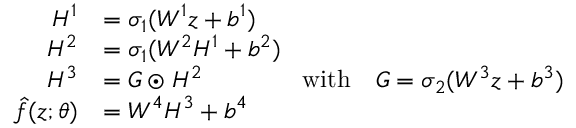
\begin{array} { r l } { H ^ { 1 } } & { = \sigma _ { 1 } ( W ^ { 1 } z + b ^ { 1 } ) } \\ { H ^ { 2 } } & { = \sigma _ { 1 } ( W ^ { 2 } H ^ { 1 } + b ^ { 2 } ) } \\ { H ^ { 3 } } & { = G \odot H ^ { 2 } \qquad \qquad \mathrm { w i t h } \quad G = \sigma _ { 2 } ( W ^ { 3 } z + b ^ { 3 } ) } \\ { \hat { f } ( z ; { \theta } ) } & { = W ^ { 4 } H ^ { 3 } + b ^ { 4 } } \end{array}